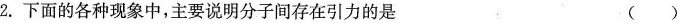
2.下面的各种现象中，主要说明分子间存在引力的是 （ ）